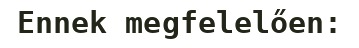
Ennek megfelelően: